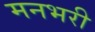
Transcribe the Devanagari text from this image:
मनभरी